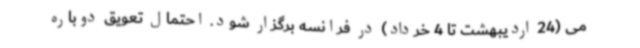
می (24 اردیبهشت تا 4 خرداد) در فرانسه برگزار شود. احتمال تعویق دوباره